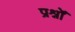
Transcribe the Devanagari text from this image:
प्रश्नोँ